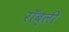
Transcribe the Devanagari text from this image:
रॉब्ली